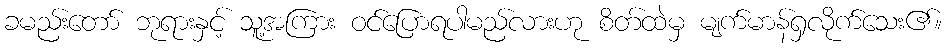
ခမည်းတော် ဘုရားနှင့် သူ့အကြား ဝင်ပြောရပါမည်လားဟု စိတ်ထဲမှ မျက်မာန်ရှလိုက်သေး၏။